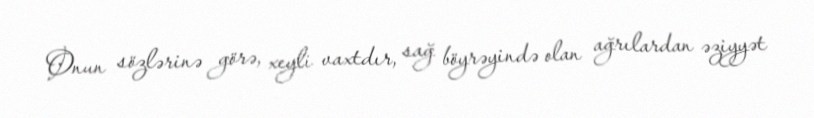
Onun sözlərinə görə, xeyli vaxtdır, sağ böyrəyində olan ağrılardan əziyyət